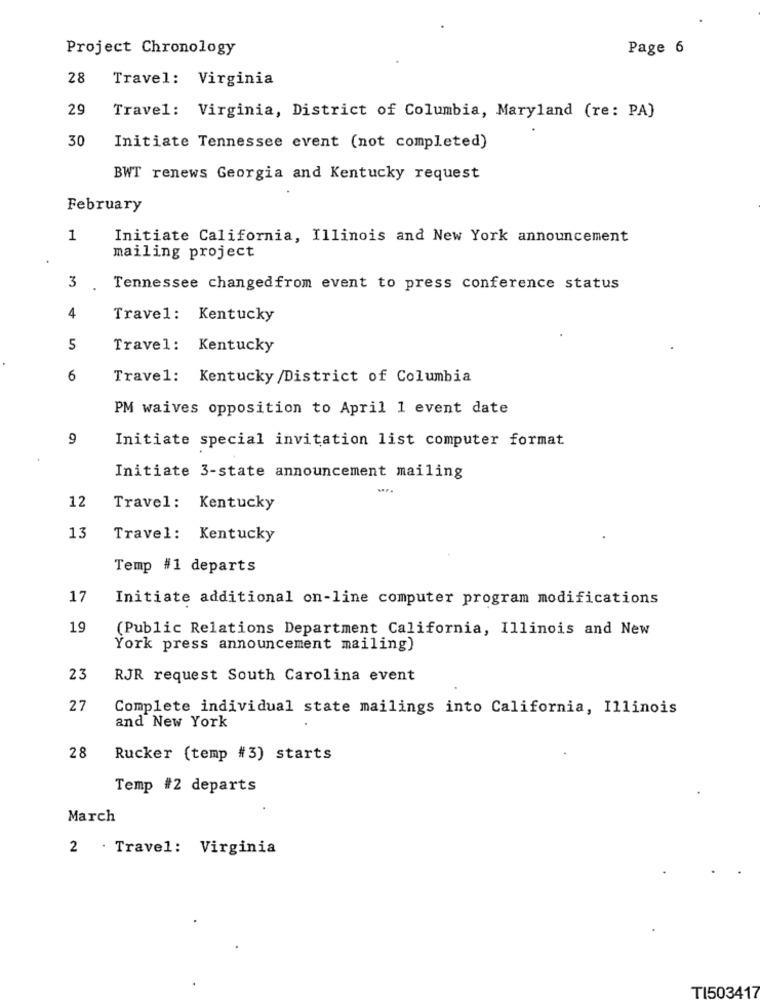
Project Chronology
Page 6
28
Travel: Virginia
29
Travel: Virginia, District of Columbia, Maryland (re: PA)
30
Initiate Tennessee event (not completed)
BWT renews Georgia and Kentucky request
February
1
Initiate California, Illinois and New York announcement
mailing project
3 .
Tennessee changedfrom event to press conference status
4
Travel: Kentucky
5
Travel: Kentucky
6
Travel: Kentucky /District of Columbia
PM waives opposition to April 1 event date
9
Initiate special invitation list computer format
Initiate 3-state announcement mailing
12
Travel: Kentucky
13
Travel: Kentucky
Temp #1 departs
17
Initiate additional on-line computer program modifications
19
(Public Relations Department California, Illinois and New
York press announcement mailing)
23
RJR request South Carolina event
27
Complete individual state mailings into California, Illinois
and New York
28
Rucker (temp #3) starts
Temp #2 departs
March
2 . Travel: Virginia
TI503417